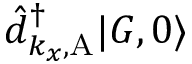
\hat { d } _ { k _ { x } , \mathrm { A } } ^ { \dagger } | G , 0 \rangle